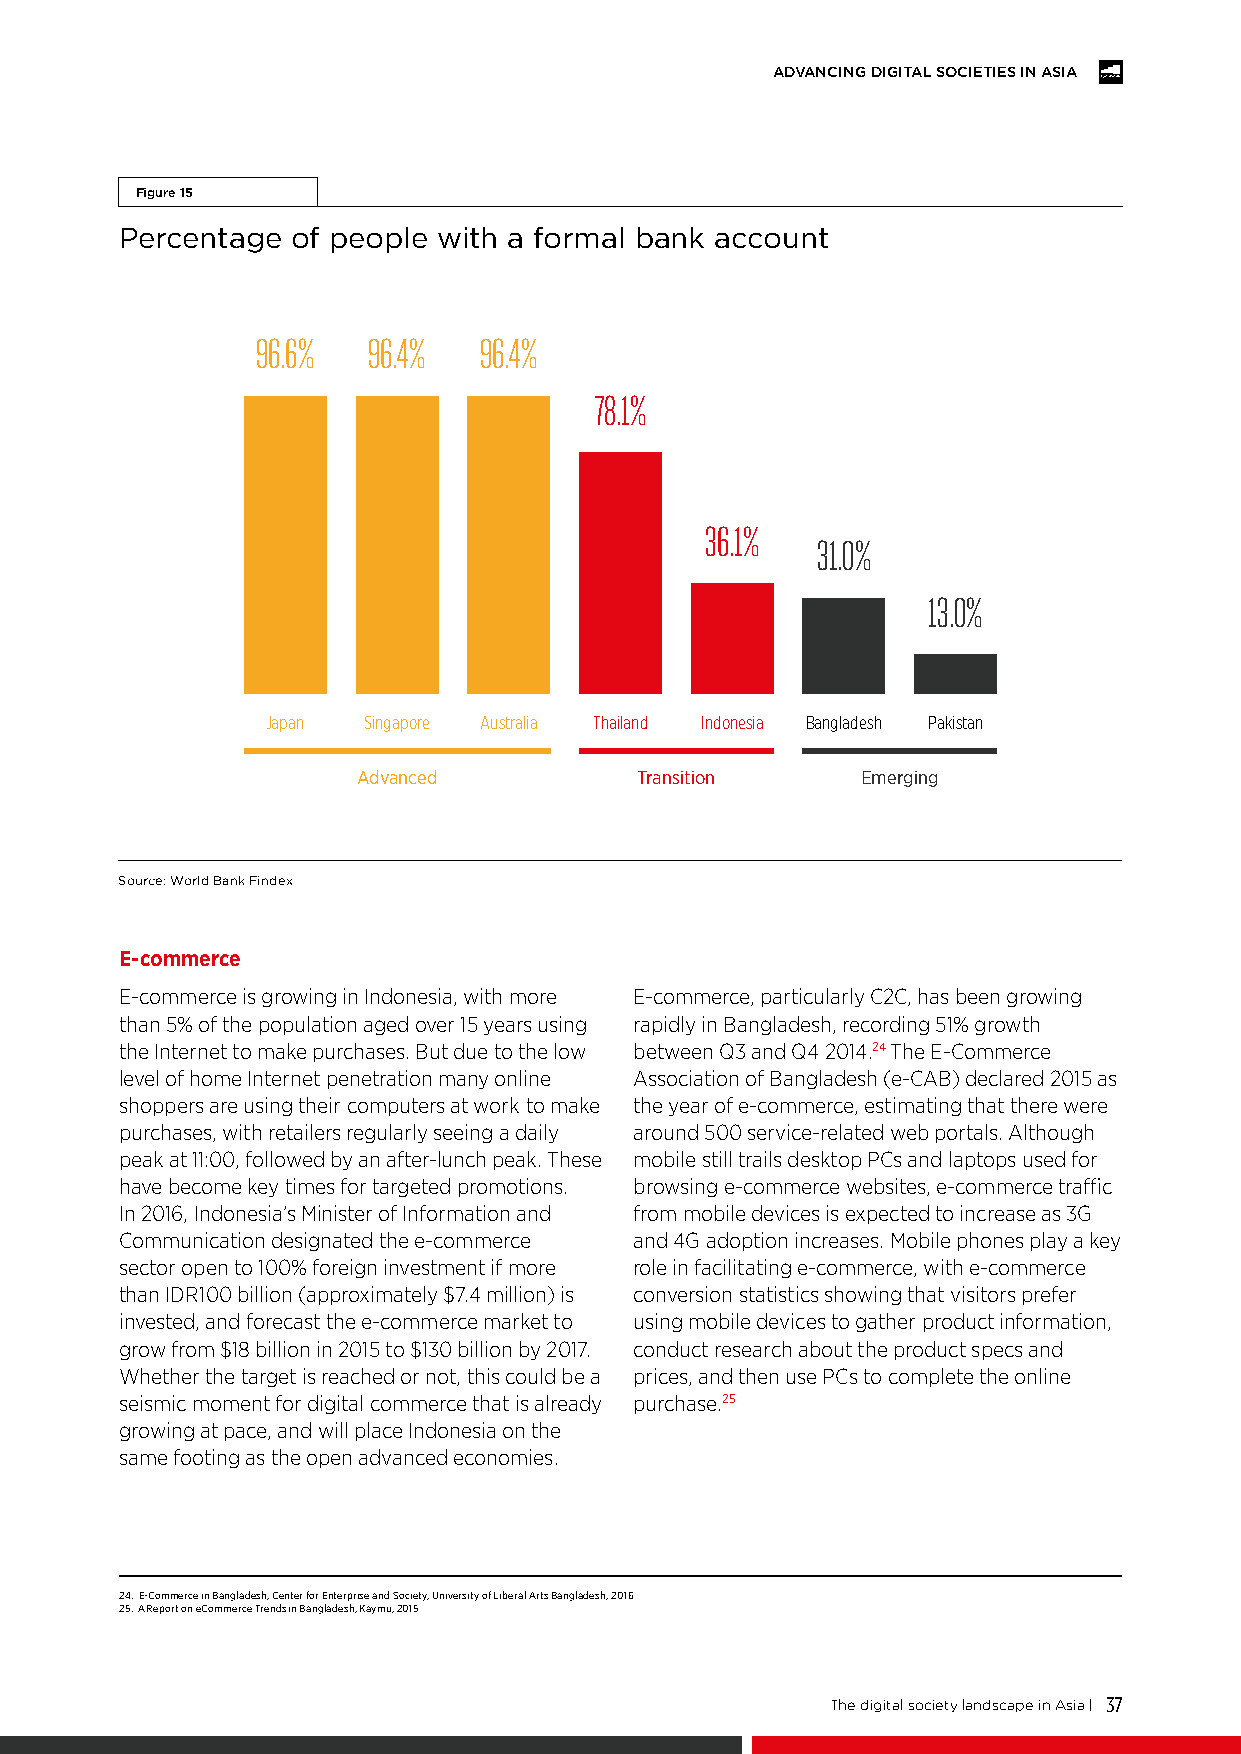
ADVANCING DIGITAL SOCIETIES IN ASIA
 Figure 15
 Percentage of people with a formal bank account
 96.6%  96.4%   96.4%
 78.1%
 36.1%
 31.0%
 13.0%
 Japan Singapore Australia Thailand Indonesia Bangladesh Pakistan
 Advanced          Transition     Emerging
 Source: World Bank Findex
 E-commerce
 E-commerce is growing in Indonesia, with more E-commerce, particularly C2C, has been growing
 than 5% of the population aged over 15 years using rapidly in Bangladesh, recording 51% growth
 the Internet to make purchases. But due to the low between Q3 and Q4 2014.24 The E-Commerce
 level of home Internet penetration many online Association of Bangladesh (e-CAB) declared 2015 as
 shoppers are using their computers at work to make the year of e-commerce, estimating that there were
 purchases, with retailers regularly seeing a daily around 500 service-related web portals. Although
 peak at 11:00, followed by an after-lunch peak. These mobile still trails desktop PCs and laptops used for
 have become key times for targeted promotions. browsing e-commerce websites, e-commerce traffic
 In 2016, Indonesia’s Minister of Information and from mobile devices is expected to increase as 3G
 Communication designated the e-commerce and 4G adoption increases. Mobile phones play a key
 sector open to 100% foreign investment if more role in facilitating e-commerce, with e-commerce
 than IDR100 billion (approximately $7.4 million) is conversion statistics showing that visitors prefer
 invested, and forecast the e-commerce market to using mobile devices to gather product information,
 grow from $18 billion in 2015 to $130 billion by 2017. conduct research about the product specs and
 Whether the target is reached or not, this could be a prices, and then use PCs to complete the online
 seismic moment for digital commerce that is already purchase.25
 growing at pace, and will place Indonesia on the
 same footing as the open advanced economies.
 24. E-Commerce in Bangladesh, Center for Enterprise and Society, University of Liberal Arts Bangladesh, 2016
 25. A Report on eCommerce Trends in Bangladesh, Kaymu, 2015
 The digital society landscape in Asia | 37